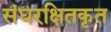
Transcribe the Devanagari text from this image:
संघरक्षितकृत